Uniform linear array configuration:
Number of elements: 8
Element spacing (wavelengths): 0.25
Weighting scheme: cosine
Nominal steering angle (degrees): -15
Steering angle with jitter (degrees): -14.188
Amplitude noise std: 0.05
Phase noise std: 0.05

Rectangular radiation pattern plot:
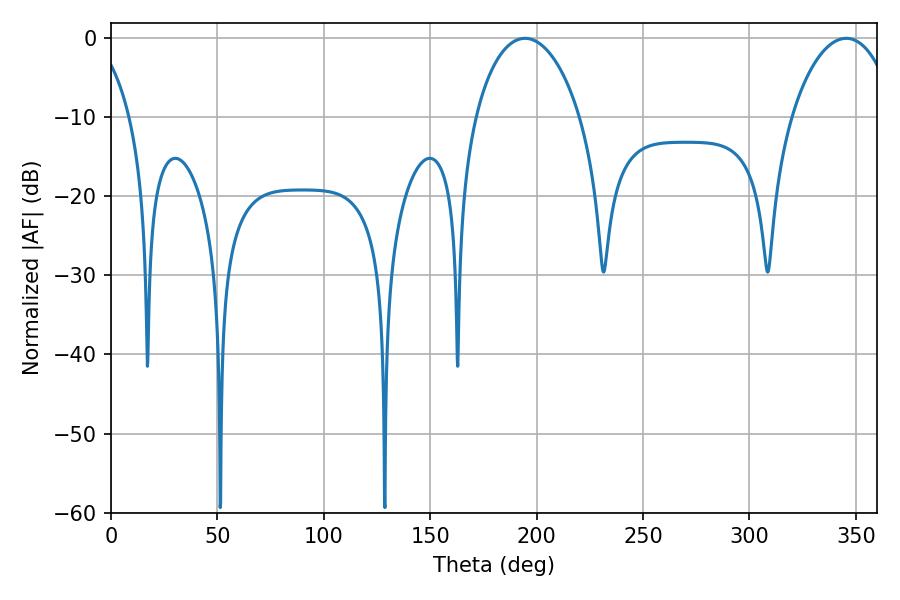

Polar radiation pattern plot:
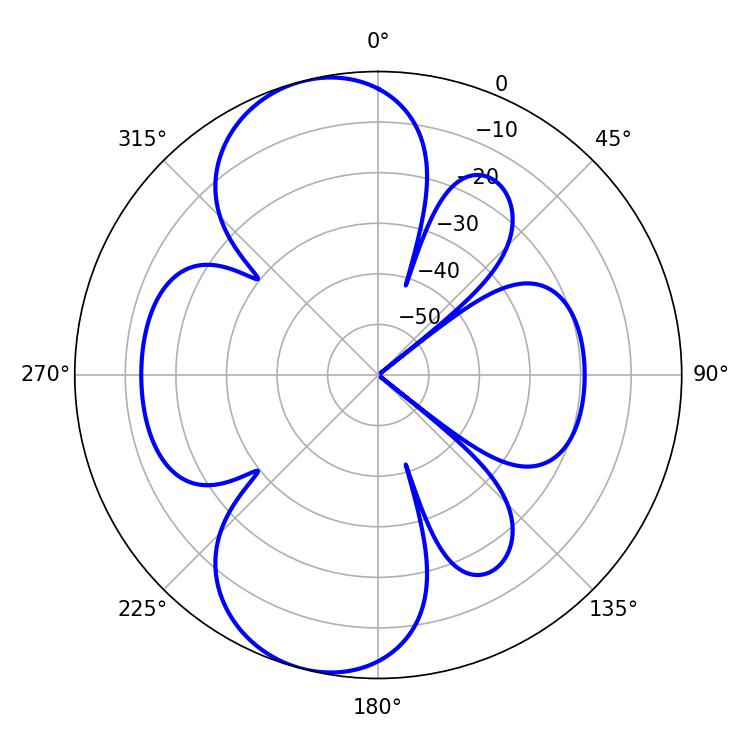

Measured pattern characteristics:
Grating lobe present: FALSE
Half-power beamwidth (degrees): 28.08
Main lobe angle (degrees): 194.58